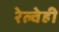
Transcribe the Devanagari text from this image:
रेल्वेही